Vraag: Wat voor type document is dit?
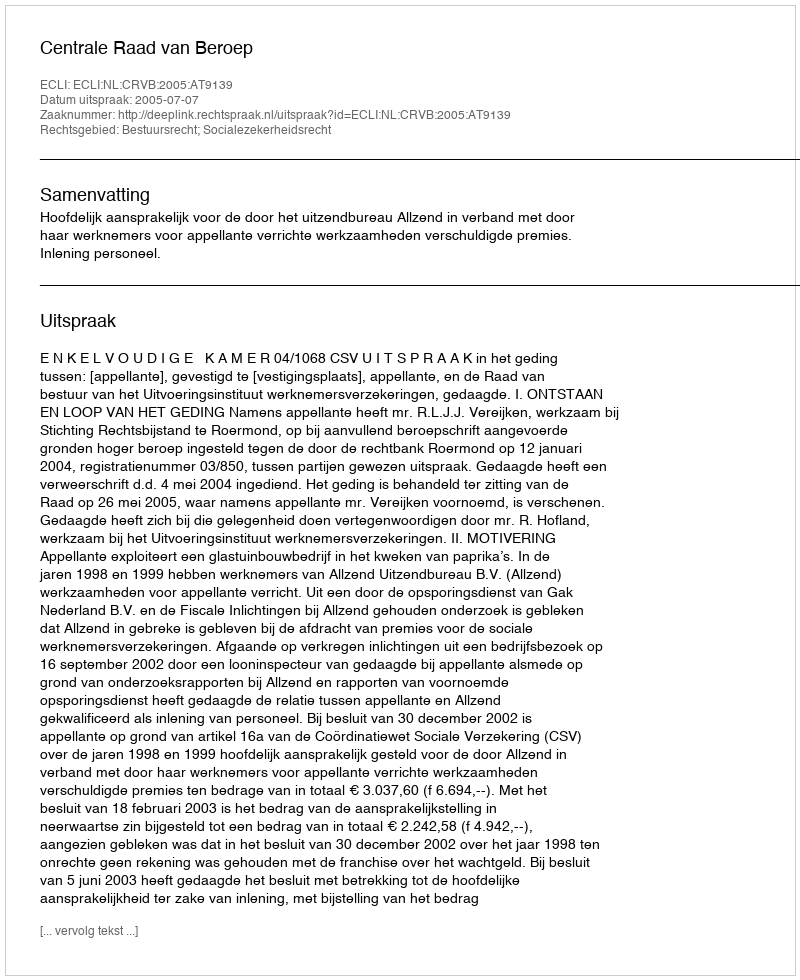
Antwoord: Uitspraak